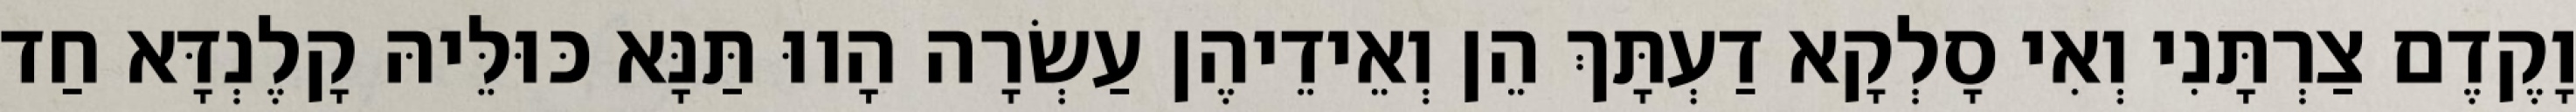
וָקֶדֶם צַרְתָּנִי וְאִי סָלְקָא דַעְתָּךְ הֵן וְאֵידֵיהֶן עַשְׂרָה הָווּ תַּנָּא כּוּלֵּיהּ קָלֶנְדָּא חַד